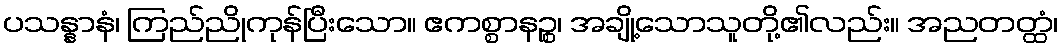
ပသန္နာနံ၊ ကြည်ညိုကုန်ပြီးသော။ ဧကစ္စာနဉ္စ၊ အချို့သောသူတို့၏လည်း။ အညတတ္ထံ၊